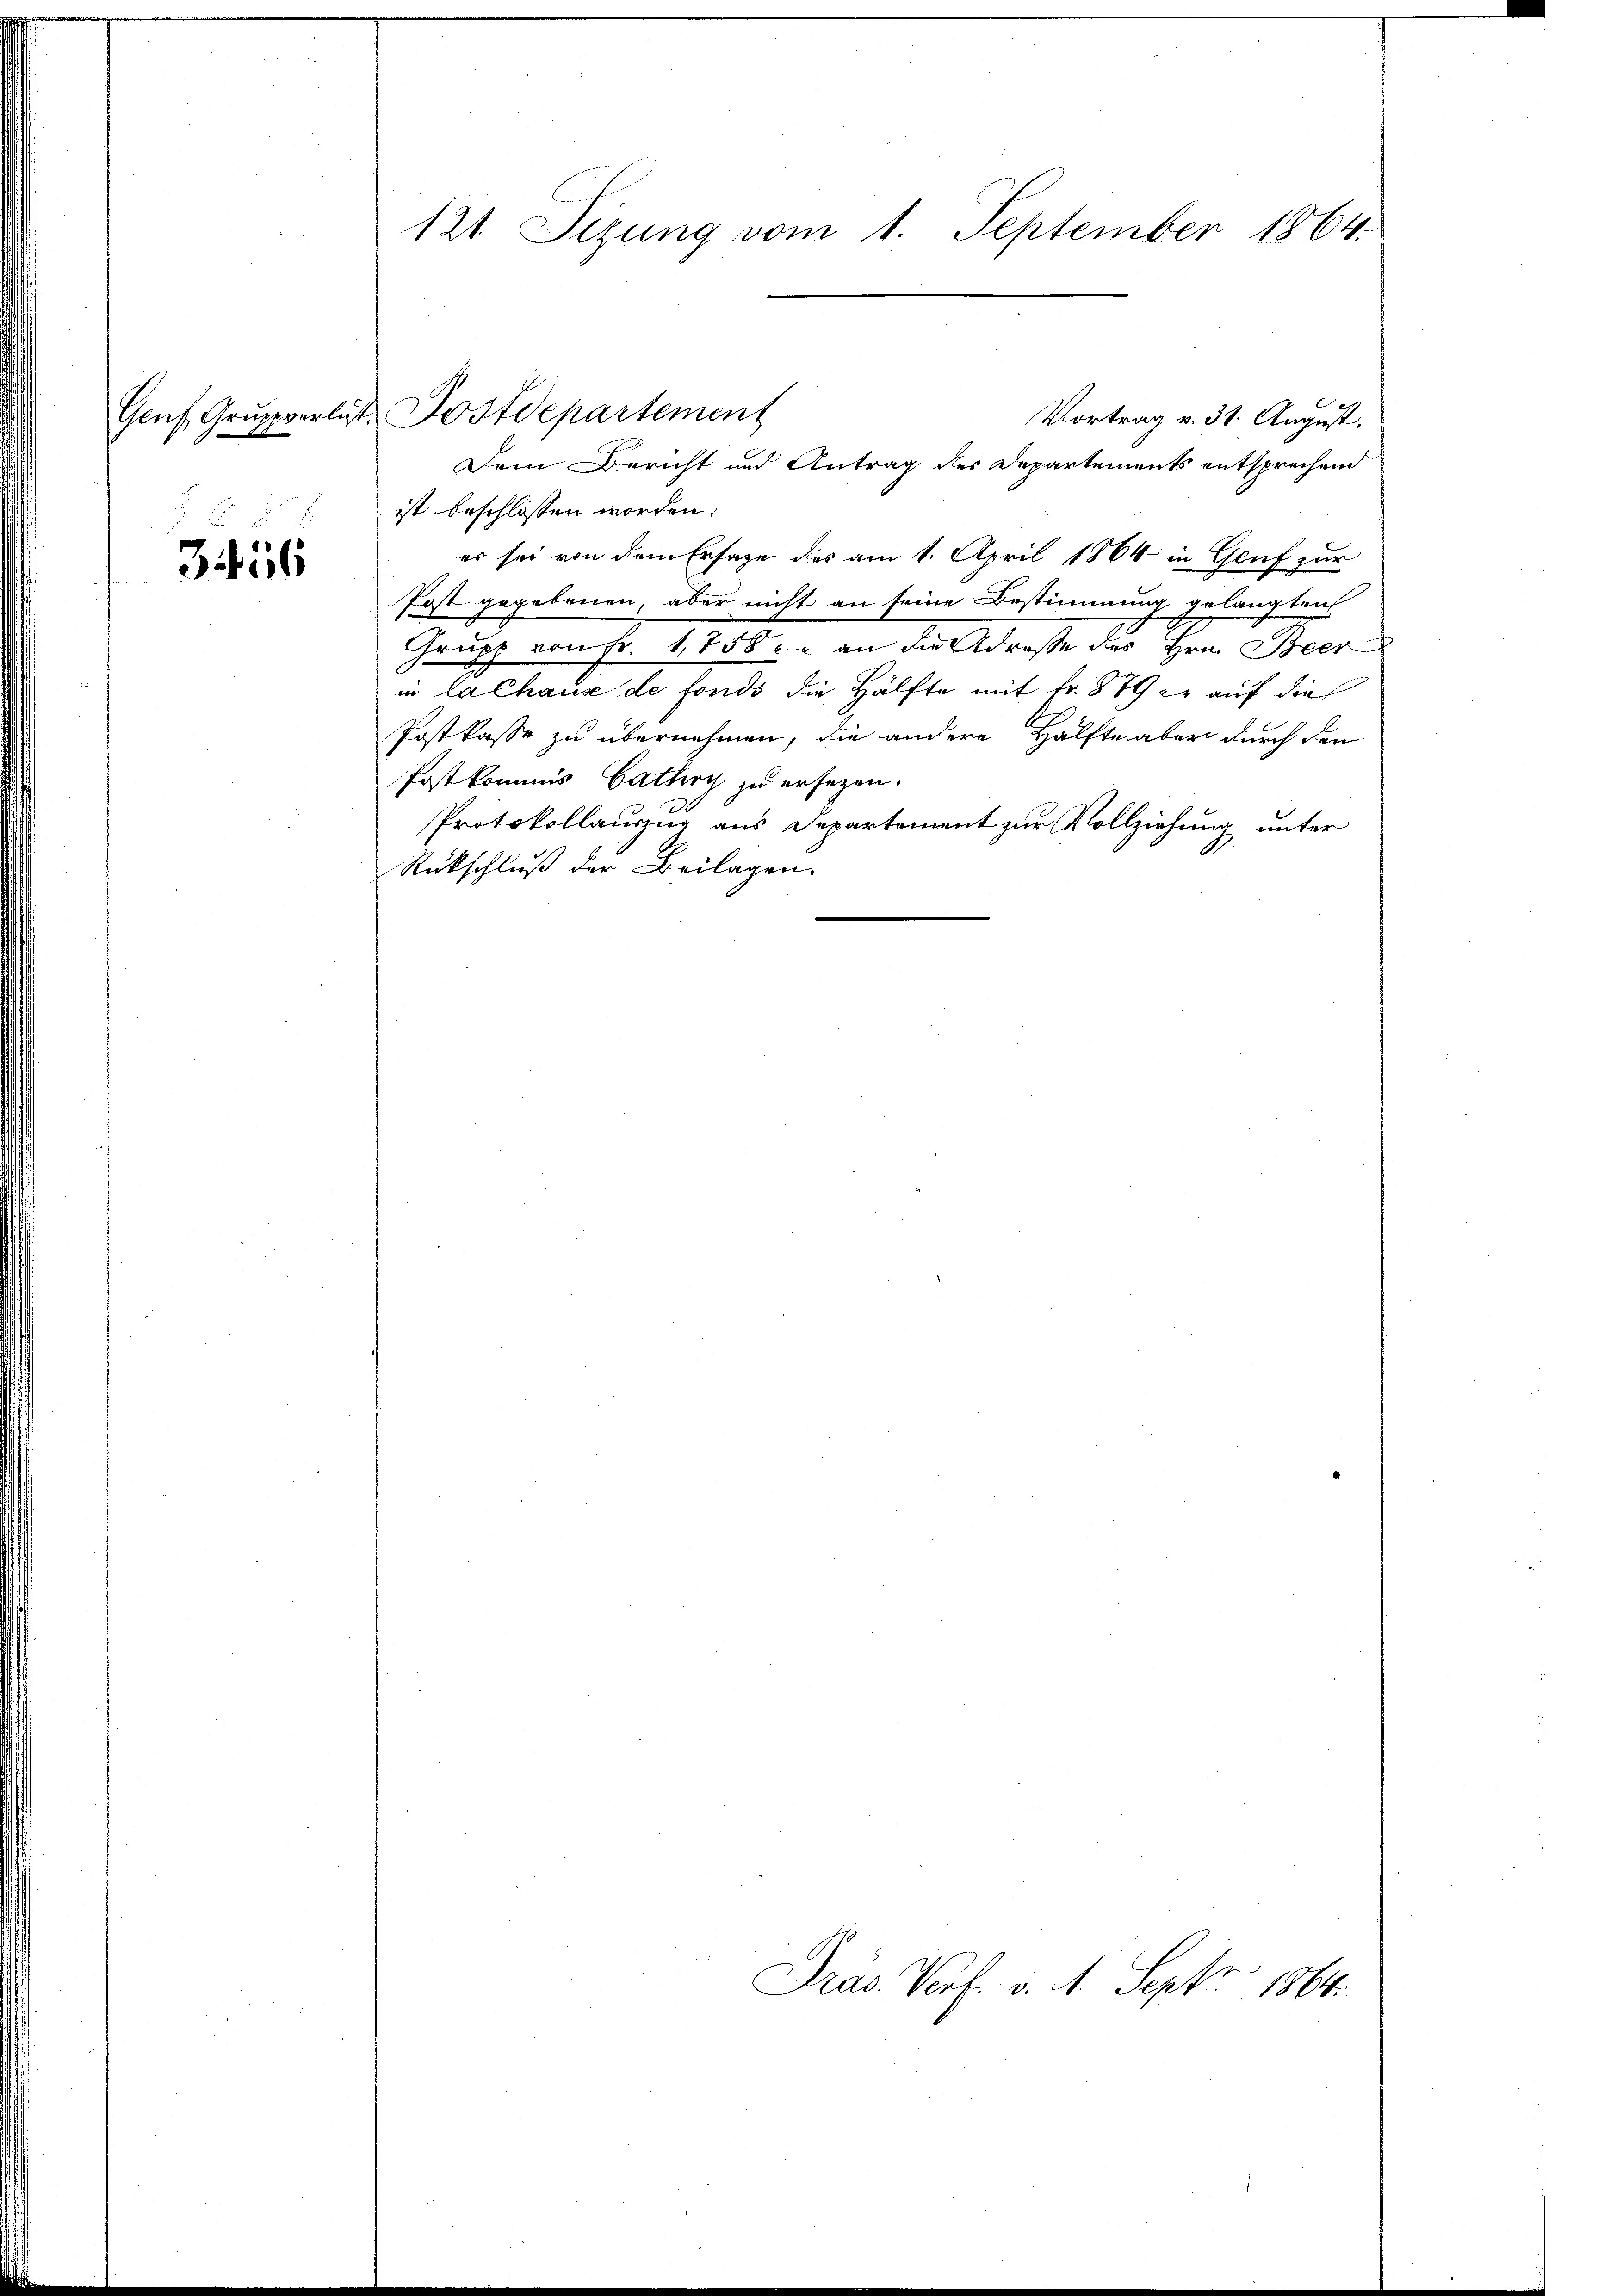
3456

121 Sizung vom 1. September 1864.

Genf Gruppverlust Postdepartement
Vortrag v. 31. August.

Dem Bericht und Antrag des Departements entsprechend
ist beschlossen worden:
es sei von dem Ersatze des am 1. April 1864 in Gruf zur
Post gegebenen, aber nicht an seine Bestimmung gelangten
Grues von Fr. 1,758 an die Adreste der Hrn. Bevor d
in Kathane de fonds die Hälfte mit Fr. 889 er auf die
Postkasse zu übernehmen, die andere Hälfte aber durch den
Postkommis Cathey zu ersezen.
Protokollauszug aus Departement zur Vollziehung unter
Rückschluß der Beilagen.
Präs. Porf. v. 4. Sept 1864.